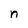
Character: n